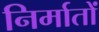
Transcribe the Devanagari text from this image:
निर्मातों